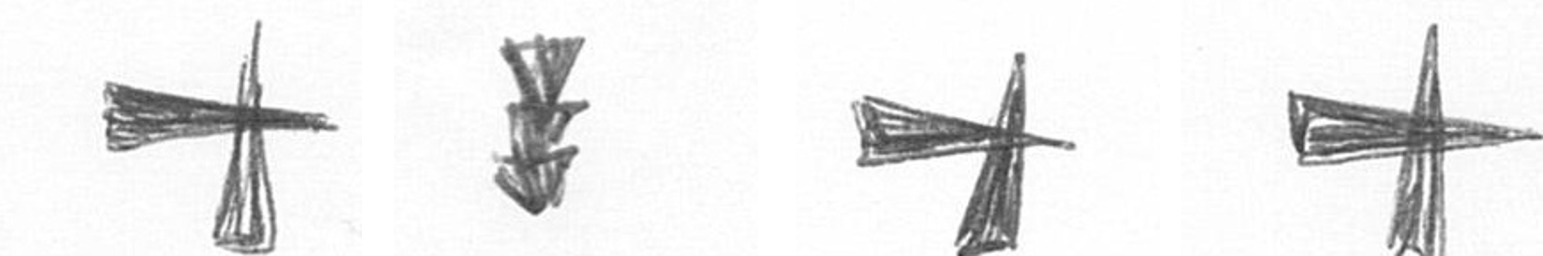
G E G G